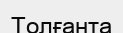
Толғанта